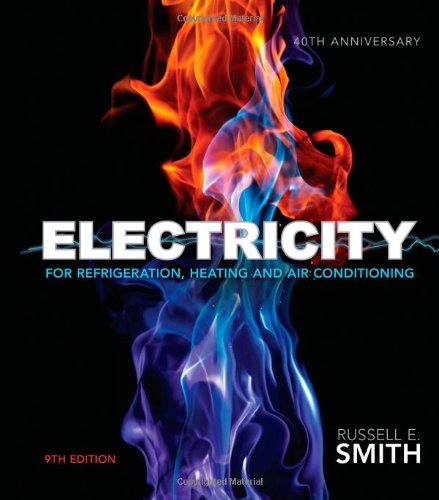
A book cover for Electricity for Refrigeration, Heating, and Air Conditioning; Russell E. Smith; Engineering & Transportation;